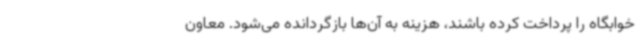
خوابگاه را پرداخت کرده باشند، هزینه به آن‌ها بازگردانده می‌شود. معاون